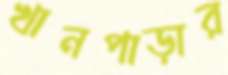
খানপাড়ার